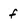
Character: f